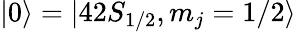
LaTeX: |0\rangle=|42S_{1/2},m_{j}=1/2\rangle